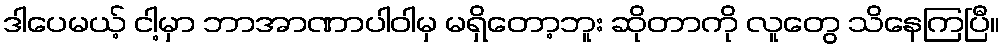
ဒါပေမယ့် ငါ့မှာ ဘာအာဏာပါဝါမှ မရှိတော့ဘူး ဆိုတာကို လူတွေ သိနေကြပြီ။